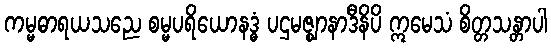
ကမ္မဓာရယသညေ စမ္မပရိယောနဒ္ဓံ ပဌမဇ္ဈာနာဒီနိပိ ဣမေသံ စိတ္တသန္တာပါ